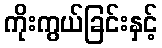
ကိုးကွယ်ခြင်းနှင့်